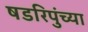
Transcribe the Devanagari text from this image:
षडरिपुंच्या